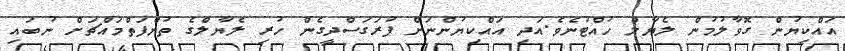
އައްކިޔުން ގޮވާލުމުން ލެޔާލް ހުއްޓުނެވެ.އަދި އައްކިޔުންނަށް ފުރަގަސްދީގެން ހުރި ލެޔާލްގެ ތުންފަތްމައްޗަށް ނުބައި